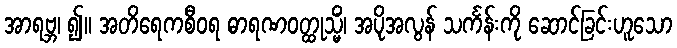
အာရဗ္ဘ၊ ၍။ အတိရေကစီဝရ ဓာရဏဝတ္ထုသ္မိံ၊ အပိုအလွန် သင်္ကန်းကို ဆောင်ခြင်းဟူသော